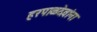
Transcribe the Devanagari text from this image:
हरपाळदेवांना